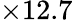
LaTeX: \times 12.7